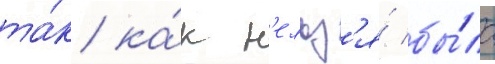
та́к ка́к н'ельз'я́ бы́ло